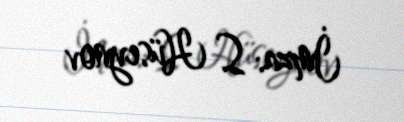
İmza: S. Hüseynov